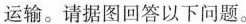
运输。请据图回答以下问题。